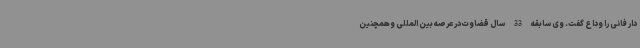
دار فانی را وداع گفت. وی سابقه 33 سال قضاوت در عرصه بین المللی وهمچنین